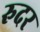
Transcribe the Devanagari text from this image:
रुदर